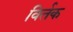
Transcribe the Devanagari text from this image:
विर्तक